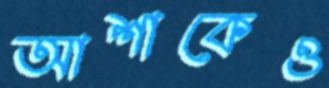
আশাকেও